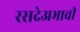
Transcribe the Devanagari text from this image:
रसदेअभावी